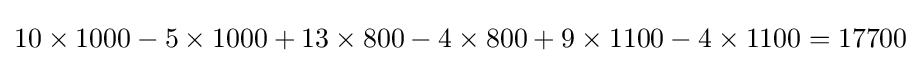
10\times 1000-5\times 1000+13\times 800-4\times 800+9\times 1100-4\times 1100=17700